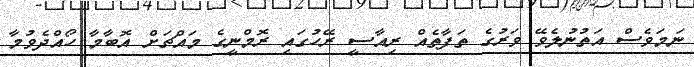
ނަމަވެސް އަތުނުލެވޭ ވަރުގެ ތަފާތެއް ރިއާސީ ރޭހުގައި ރޮމްނީގެ މައްޗަށް އޮބާމާ ހޯއްދެވުމާ